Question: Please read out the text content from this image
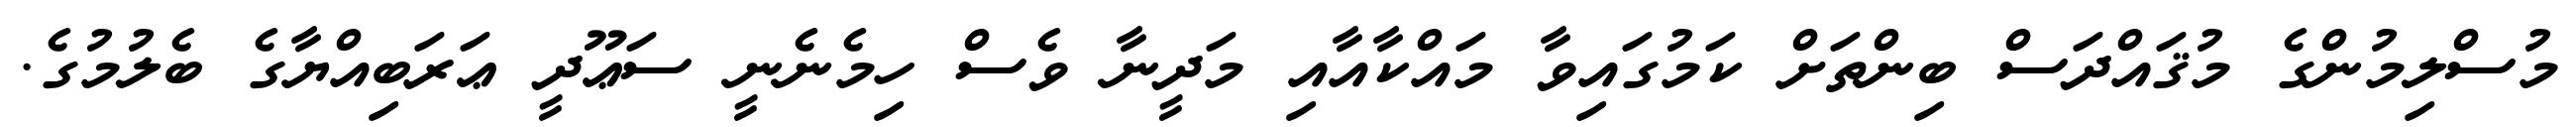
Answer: މުސްލިމުންގެ މުޤައްދަސް ބިންތަށް ކަމުގައިވާ މައްކާއާއި މަދީނާ ވެސް ހިމެނެނީ ސަޢޫދީ ޢަރަބިއްޔާގެ ބެލުމުގެ.